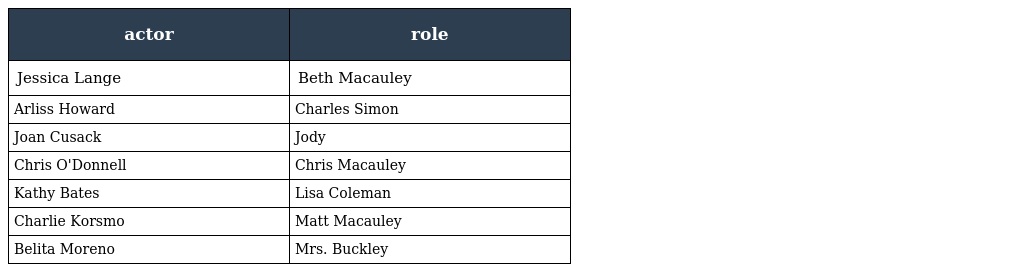
| actor | role |
 | --- | --- |
 | Jessica Lange | Beth Macauley |
 | Arliss Howard | Charles Simon |
 | Joan Cusack | Jody |
 | Chris O'Donnell | Chris Macauley |
 | Kathy Bates | Lisa Coleman |
 | Charlie Korsmo | Matt Macauley |
 | Belita Moreno | Mrs. Buckley |